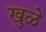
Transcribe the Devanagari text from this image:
खुळे